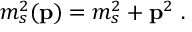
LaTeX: m _ { s } ^ { 2 } ( { \bf p } ) = m _ { s } ^ { 2 } + { \bf p } ^ { 2 } ~ .